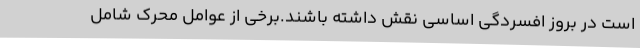
است در بروز افسردگی اساسی نقش داشته باشند.برخی از عوامل محرک شامل